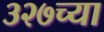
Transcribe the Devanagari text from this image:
३२७च्या